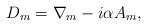
LaTeX: \begin{align*}D_m = \nabla_m - i \alpha A_m, \end{align*}